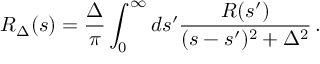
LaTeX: R _ { \Delta } ( s ) = \frac { \Delta } { \pi } \int _ { 0 } ^ { \infty } d s ^ { \prime } \frac { R ( s ^ { \prime } ) } { ( s - s ^ { \prime } ) ^ { 2 } + \Delta ^ { 2 } } \, .